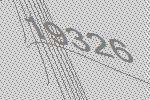
19326